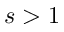
s > 1